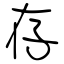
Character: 存